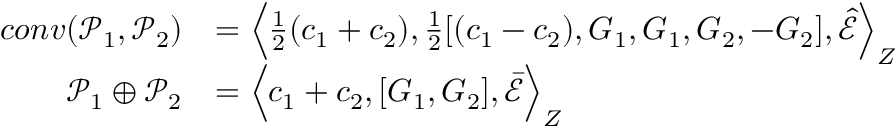
\begin{array} { r l } { c o n v ( \mathcal { P } _ { 1 } , \mathcal { P } _ { 2 } ) } & { = \Big \langle \frac { 1 } { 2 } ( c _ { 1 } + c _ { 2 } ) , \frac { 1 } { 2 } [ ( c _ { 1 } - c _ { 2 } ) , G _ { 1 } , G _ { 1 } , G _ { 2 } , - G _ { 2 } ] , \hat { \mathcal { E } } \Big \rangle _ { Z } } \\ { \mathcal { P } _ { 1 } \oplus \mathcal { P } _ { 2 } } & { = \Big \langle c _ { 1 } + c _ { 2 } , [ G _ { 1 } , G _ { 2 } ] , \bar { \mathcal { E } } \Big \rangle _ { Z } } \end{array}